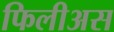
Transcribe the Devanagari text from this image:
फिलीअस